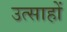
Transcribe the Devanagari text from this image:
उत्साहों